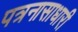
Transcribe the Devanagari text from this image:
पत्रनासाधारी